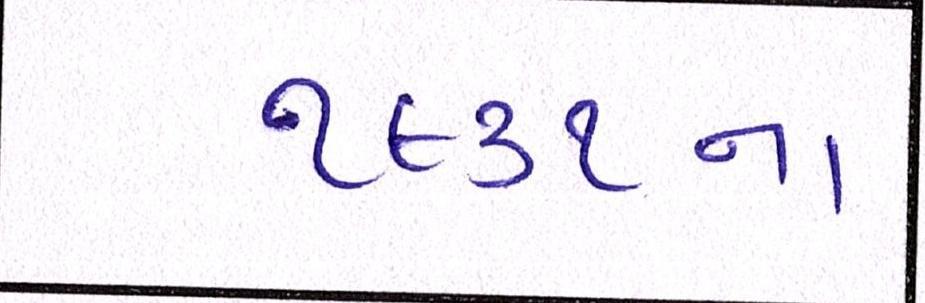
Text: ૧૯૩૧ના